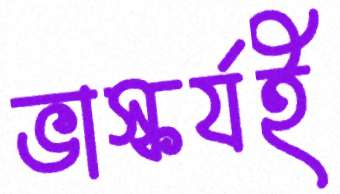
ভাস্কর্যই